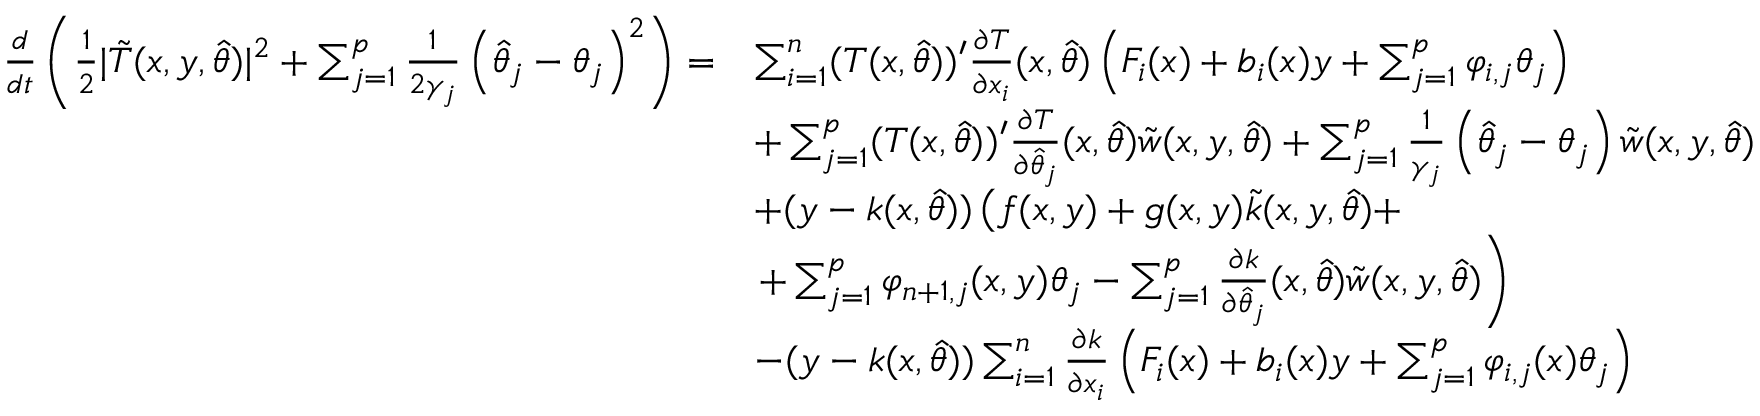
\begin{array} { r l } { \frac { d } { d t } \left( \frac { 1 } { 2 } \vert \tilde { T } ( x , y , \hat { \theta } ) \vert ^ { 2 } + \sum _ { j = 1 } ^ { p } \frac { 1 } { 2 \gamma _ { j } } \left( \hat { \theta } _ { j } - \theta _ { j } \right) ^ { 2 } \right) = } & { \sum _ { i = 1 } ^ { n } ( T ( x , \hat { \theta } ) ) ^ { \prime } \frac { \partial T } { \partial x _ { i } } ( x , \hat { \theta } ) \left( F _ { i } ( x ) + b _ { i } ( x ) y + \sum _ { j = 1 } ^ { p } \varphi _ { i , j } \theta _ { j } \right) } \\ & { + \sum _ { j = 1 } ^ { p } ( T ( x , \hat { \theta } ) ) ^ { \prime } \frac { \partial T } { \partial \hat { \theta } _ { j } } ( x , \hat { \theta } ) \tilde { w } ( x , y , \hat { \theta } ) + \sum _ { j = 1 } ^ { p } \frac { 1 } { \gamma _ { j } } \left( \hat { \theta } _ { j } - \theta _ { j } \right) \tilde { w } ( x , y , \hat { \theta } ) } \\ & { + ( y - k ( x , \hat { \theta } ) ) \left( f ( x , y ) + g ( x , y ) \tilde { k } ( x , y , \hat { \theta } ) + \right. } \\ & { \left. + \sum _ { j = 1 } ^ { p } \varphi _ { n + 1 , j } ( x , y ) \theta _ { j } - \sum _ { j = 1 } ^ { p } \frac { \partial k } { \partial \hat { \theta } _ { j } } ( x , \hat { \theta } ) \tilde { w } ( x , y , \hat { \theta } ) \right) } \\ & { - ( y - k ( x , \hat { \theta } ) ) \sum _ { i = 1 } ^ { n } \frac { \partial k } { \partial x _ { i } } \left( F _ { i } ( x ) + b _ { i } ( x ) y + \sum _ { j = 1 } ^ { p } \varphi _ { i , j } ( x ) \theta _ { j } \right) } \end{array}